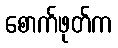
စောက်ဖုတ်က